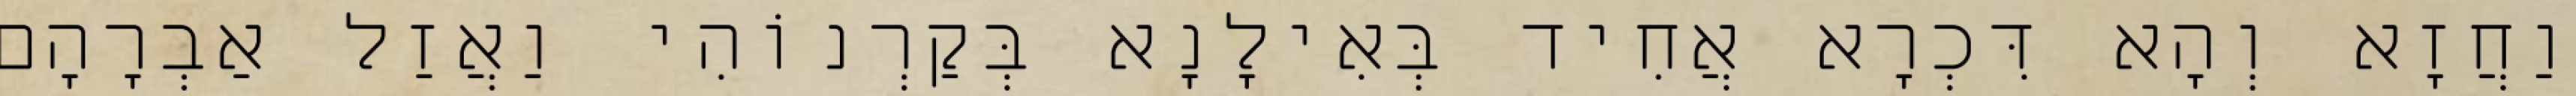
וַחֲזָא וְהָא דִּכְרָא אֲחִיד בְּאִילָנָא בְּקַרְנוֹהִי וַאֲזַל אַבְרָהָם